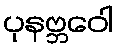
ပုနဗ္ဘဝေါ